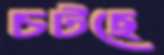
চটছে